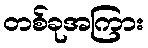
တစ်ခုအကြား